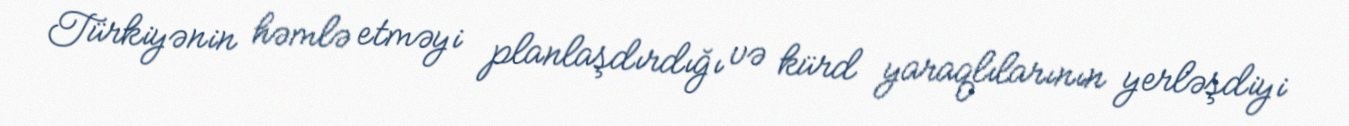
Türkiyənin həmlə etməyi planlaşdırdığı və kürd yaraqlılarının yerləşdiyi